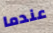
عندما